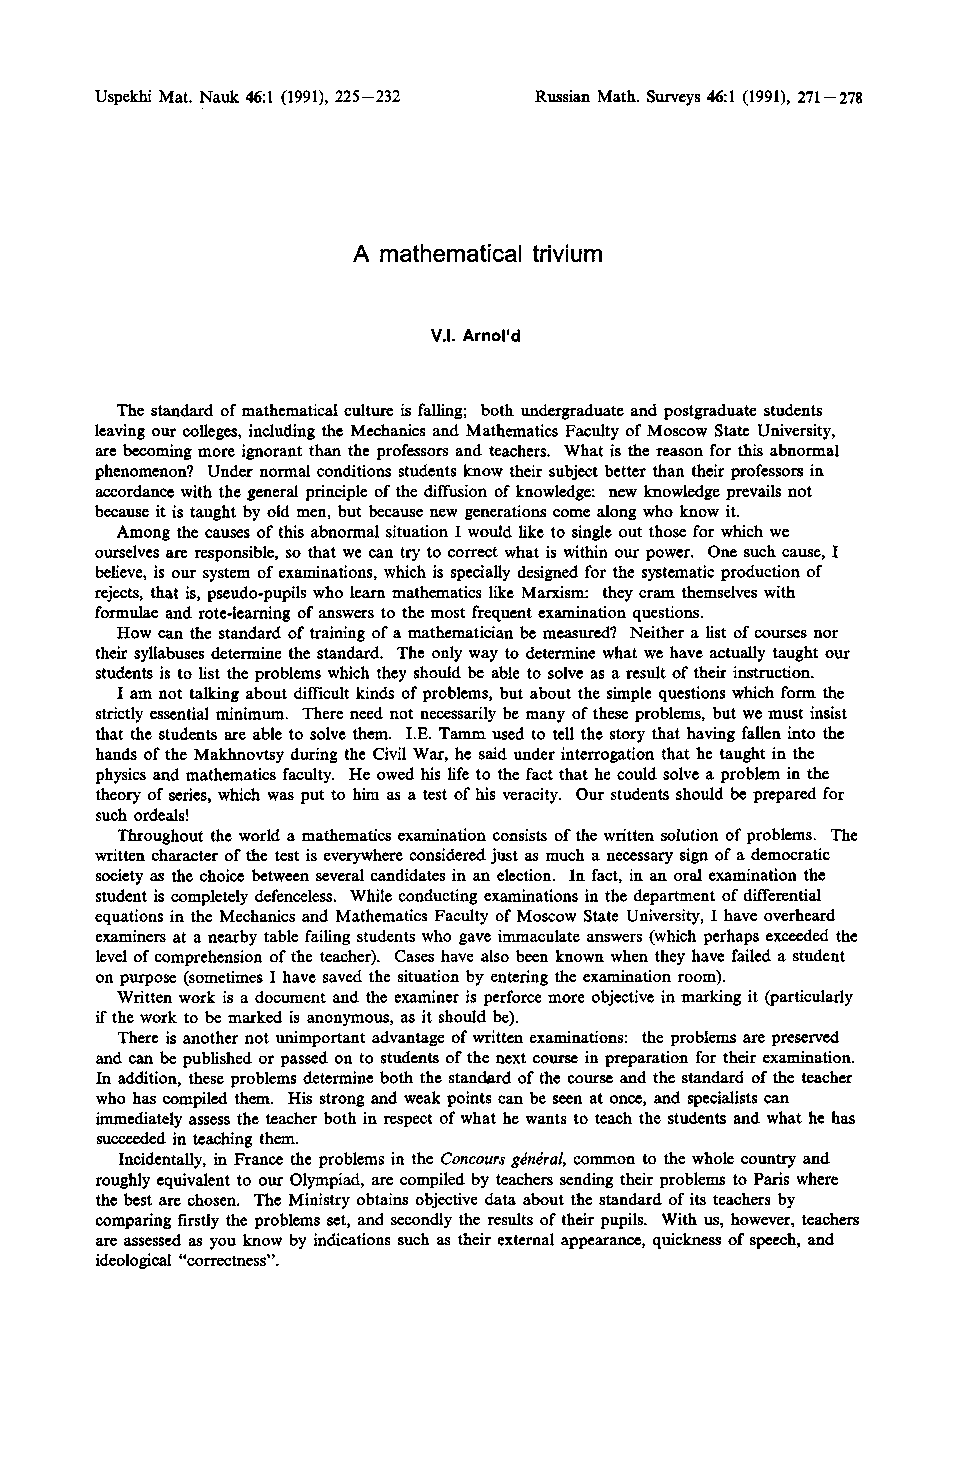
Uspekhi Mat. Nauk 46:1 (1991), 225-232 Russian Math. Surveys 46:1 (1991), 271-278
 A mathematical trivium
 V.I. Arnol'd
 The standard of mathematical culture is falling; both undergraduate and postgraduate students
 leaving our colleges, including the Mechanics and Mathematics Faculty of Moscow State University,
 are becoming more ignorant than the professors and teachers. What is the reason for this abnormal
 phenomenon? Under normal conditions students know their subject better than their professors in
 accordance with the general principle of the diffusion of knowledge: new knowledge prevails not
 because it is taught by old men, but because new generations come along who know it.
 Among the causes of this abnormal situation I would like to single out those for which we
 ourselves are responsible, so that we can try to correct what is within our power. One such cause, I
 believe, is our system of examinations, which is specially designed for the systematic production of
 rejects, that is, pseudo-pupils who learn mathematics like Marxism: they cram themselves with
 formulae and rote-learning of answers to the most frequent examination questions.
 How can the standard of training of a mathematician be measured? Neither a list of courses nor
 their syllabuses determine the standard. The only way to determine what we have actually taught our
 students is to list the problems which they should be able to solve as a result of their instruction.
 I am not talking about difficult kinds of problems, but about the simple questions which form the
 strictly essential minimum. There need not necessarily be many of these problems, but we must insist
 that the students are able to solve them. I.E. Tamm used to tell the story that having fallen into the
 hands of the Makhnovtsy during the Civil War, he said under interrogation that he taught in the
 physics and mathematics faculty. He owed his life to the fact that he could solve a problem in the
 theory of series, which was put to him as a test of his veracity. Our students should be prepared for
 such ordeals!
 Throughout the world a mathematics examination consists of the written solution of problems. The
 written character of the test is everywhere considered just as much a necessary sign of a democratic
 society as the choice between several candidates in an election. In fact, in an oral examination the
 student is completely defenceless. While conducting examinations in the department of differential
 equations in the Mechanics and Mathematics Faculty of Moscow State University, I have overheard
 examiners at a nearby table failing students who gave immaculate answers (which perhaps exceeded the
 level of comprehension of the teacher). Cases have also been known when they have failed a student
 on purpose (sometimes I have saved the situation by entering the examination room).
 Written work is a document and the examiner is perforce more objective in marking it (particularly
 if the work to be marked is anonymous, as it should be).
 There is another not unimportant advantage of written examinations: the problems are preserved
 and can be published or passed on to students of the next course in preparation for their examination.
 In addition, these problems determine both the standard of the course and the standard of the teacher
 who has compiled them. His strong and weak points can be seen at once, and specialists can
 immediately assess the teacher both in respect of what he wants to teach the students and what he has
 succeeded in teaching them.
 Incidentally, in France the problems in the Concours ganiral, common to the whole country and
 roughly equivalent to our Olympiad, are compiled by teachers sending their problems to Paris where
 the best are chosen. The Ministry obtains objective data about the standard of its teachers by
 comparing firstly the problems set, and secondly the results of their pupils. With us, however, teachers
 are assessed as you know by indications such as their external appearance, quickness of speech, and
 ideological "correctness".